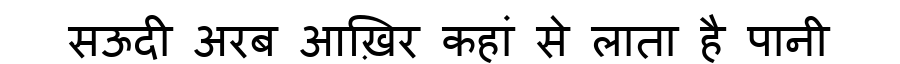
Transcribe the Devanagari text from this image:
सऊदी अरब आख़िर कहां से लाता है पानी